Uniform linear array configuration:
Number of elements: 24
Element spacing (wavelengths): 0.75
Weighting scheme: hann
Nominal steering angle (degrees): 0
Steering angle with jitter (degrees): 1.407
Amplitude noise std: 0.05
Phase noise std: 0.05

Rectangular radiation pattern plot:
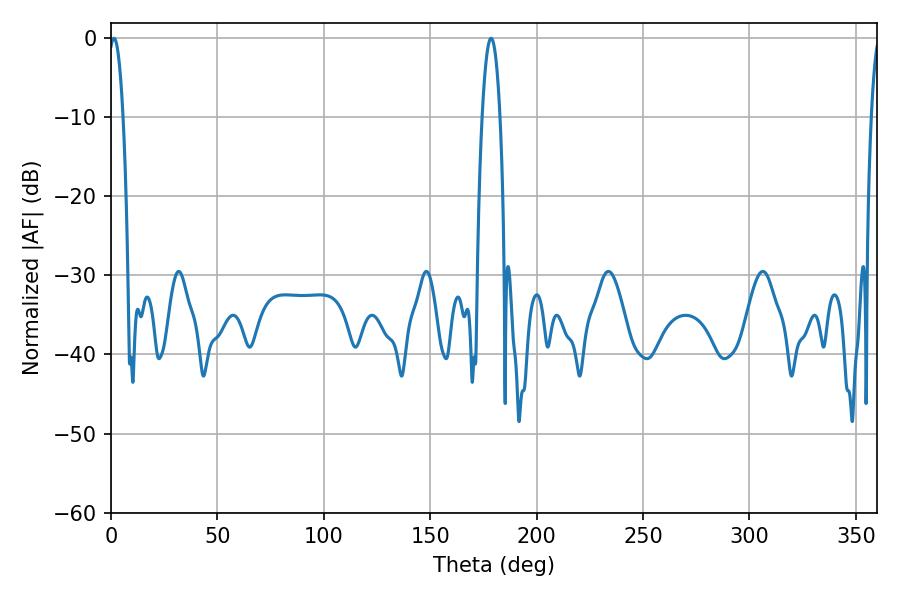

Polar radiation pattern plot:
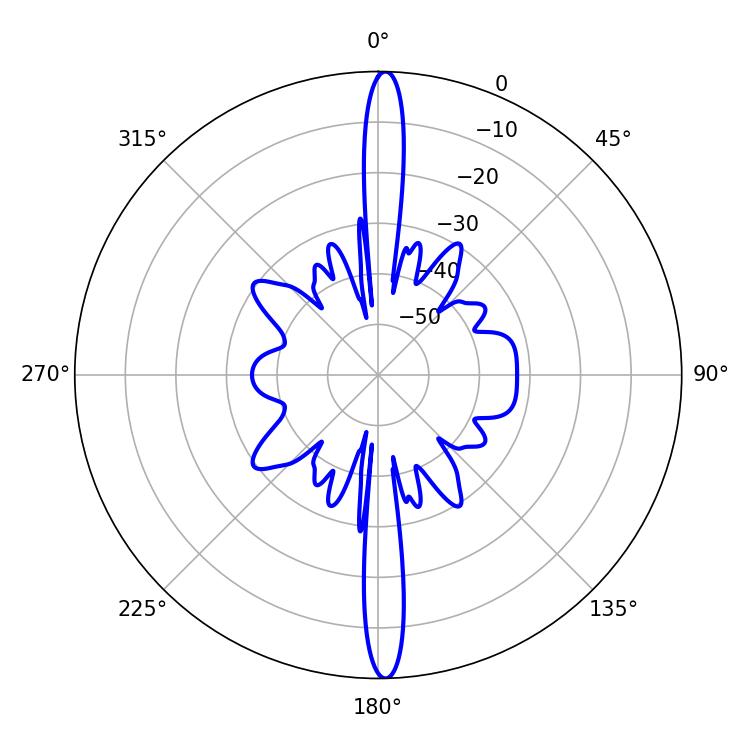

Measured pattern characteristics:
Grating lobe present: TRUE
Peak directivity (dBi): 26.533
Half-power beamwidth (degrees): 4.68
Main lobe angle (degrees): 178.56